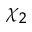
\chi _ { 2 }